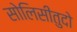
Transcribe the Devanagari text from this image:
सोलिसीतुदो